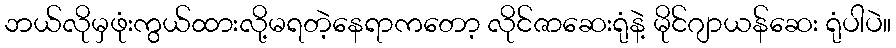
ဘယ်လိုမှဖုံးကွယ်ထားလို့မရတဲ့နေရာကတော့ လိုင်ဇာဆေးရုံနဲ့ မိုင်ဂျာယန်ဆေး ရုံပါပဲ။